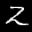
Label: 2